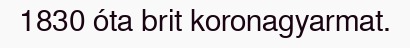
1830 óta brit koronagyarmat.